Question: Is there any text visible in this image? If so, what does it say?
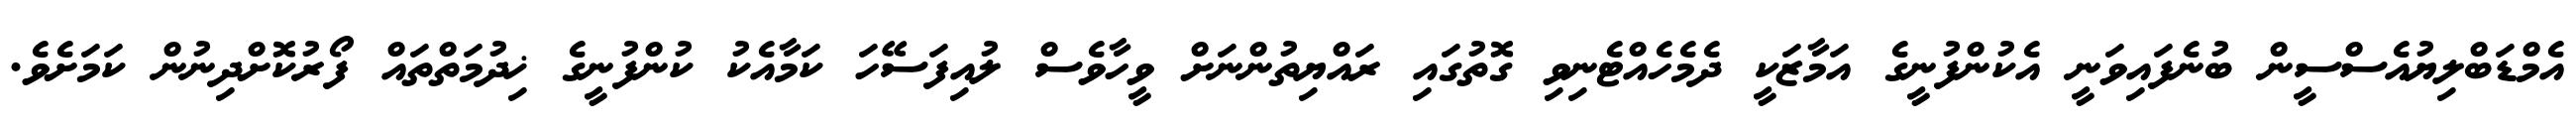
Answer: އެމްޑަބްލިޔުއެސްސީން ބުނެފައިވަނީ އެކުންފުނީގެ އަމާޒަކީ ދެމެހެއްޓެނިވި ގޮތުގައި ރައްޔިތުންނަށް ވީހާވެސް ލުއިފަސޭހަ ކަމާއެކު ކުންފުނީގެ ޚިދުމަތްތައް ފޯރުކޮށްދިނުން ކަމަށެވެ.